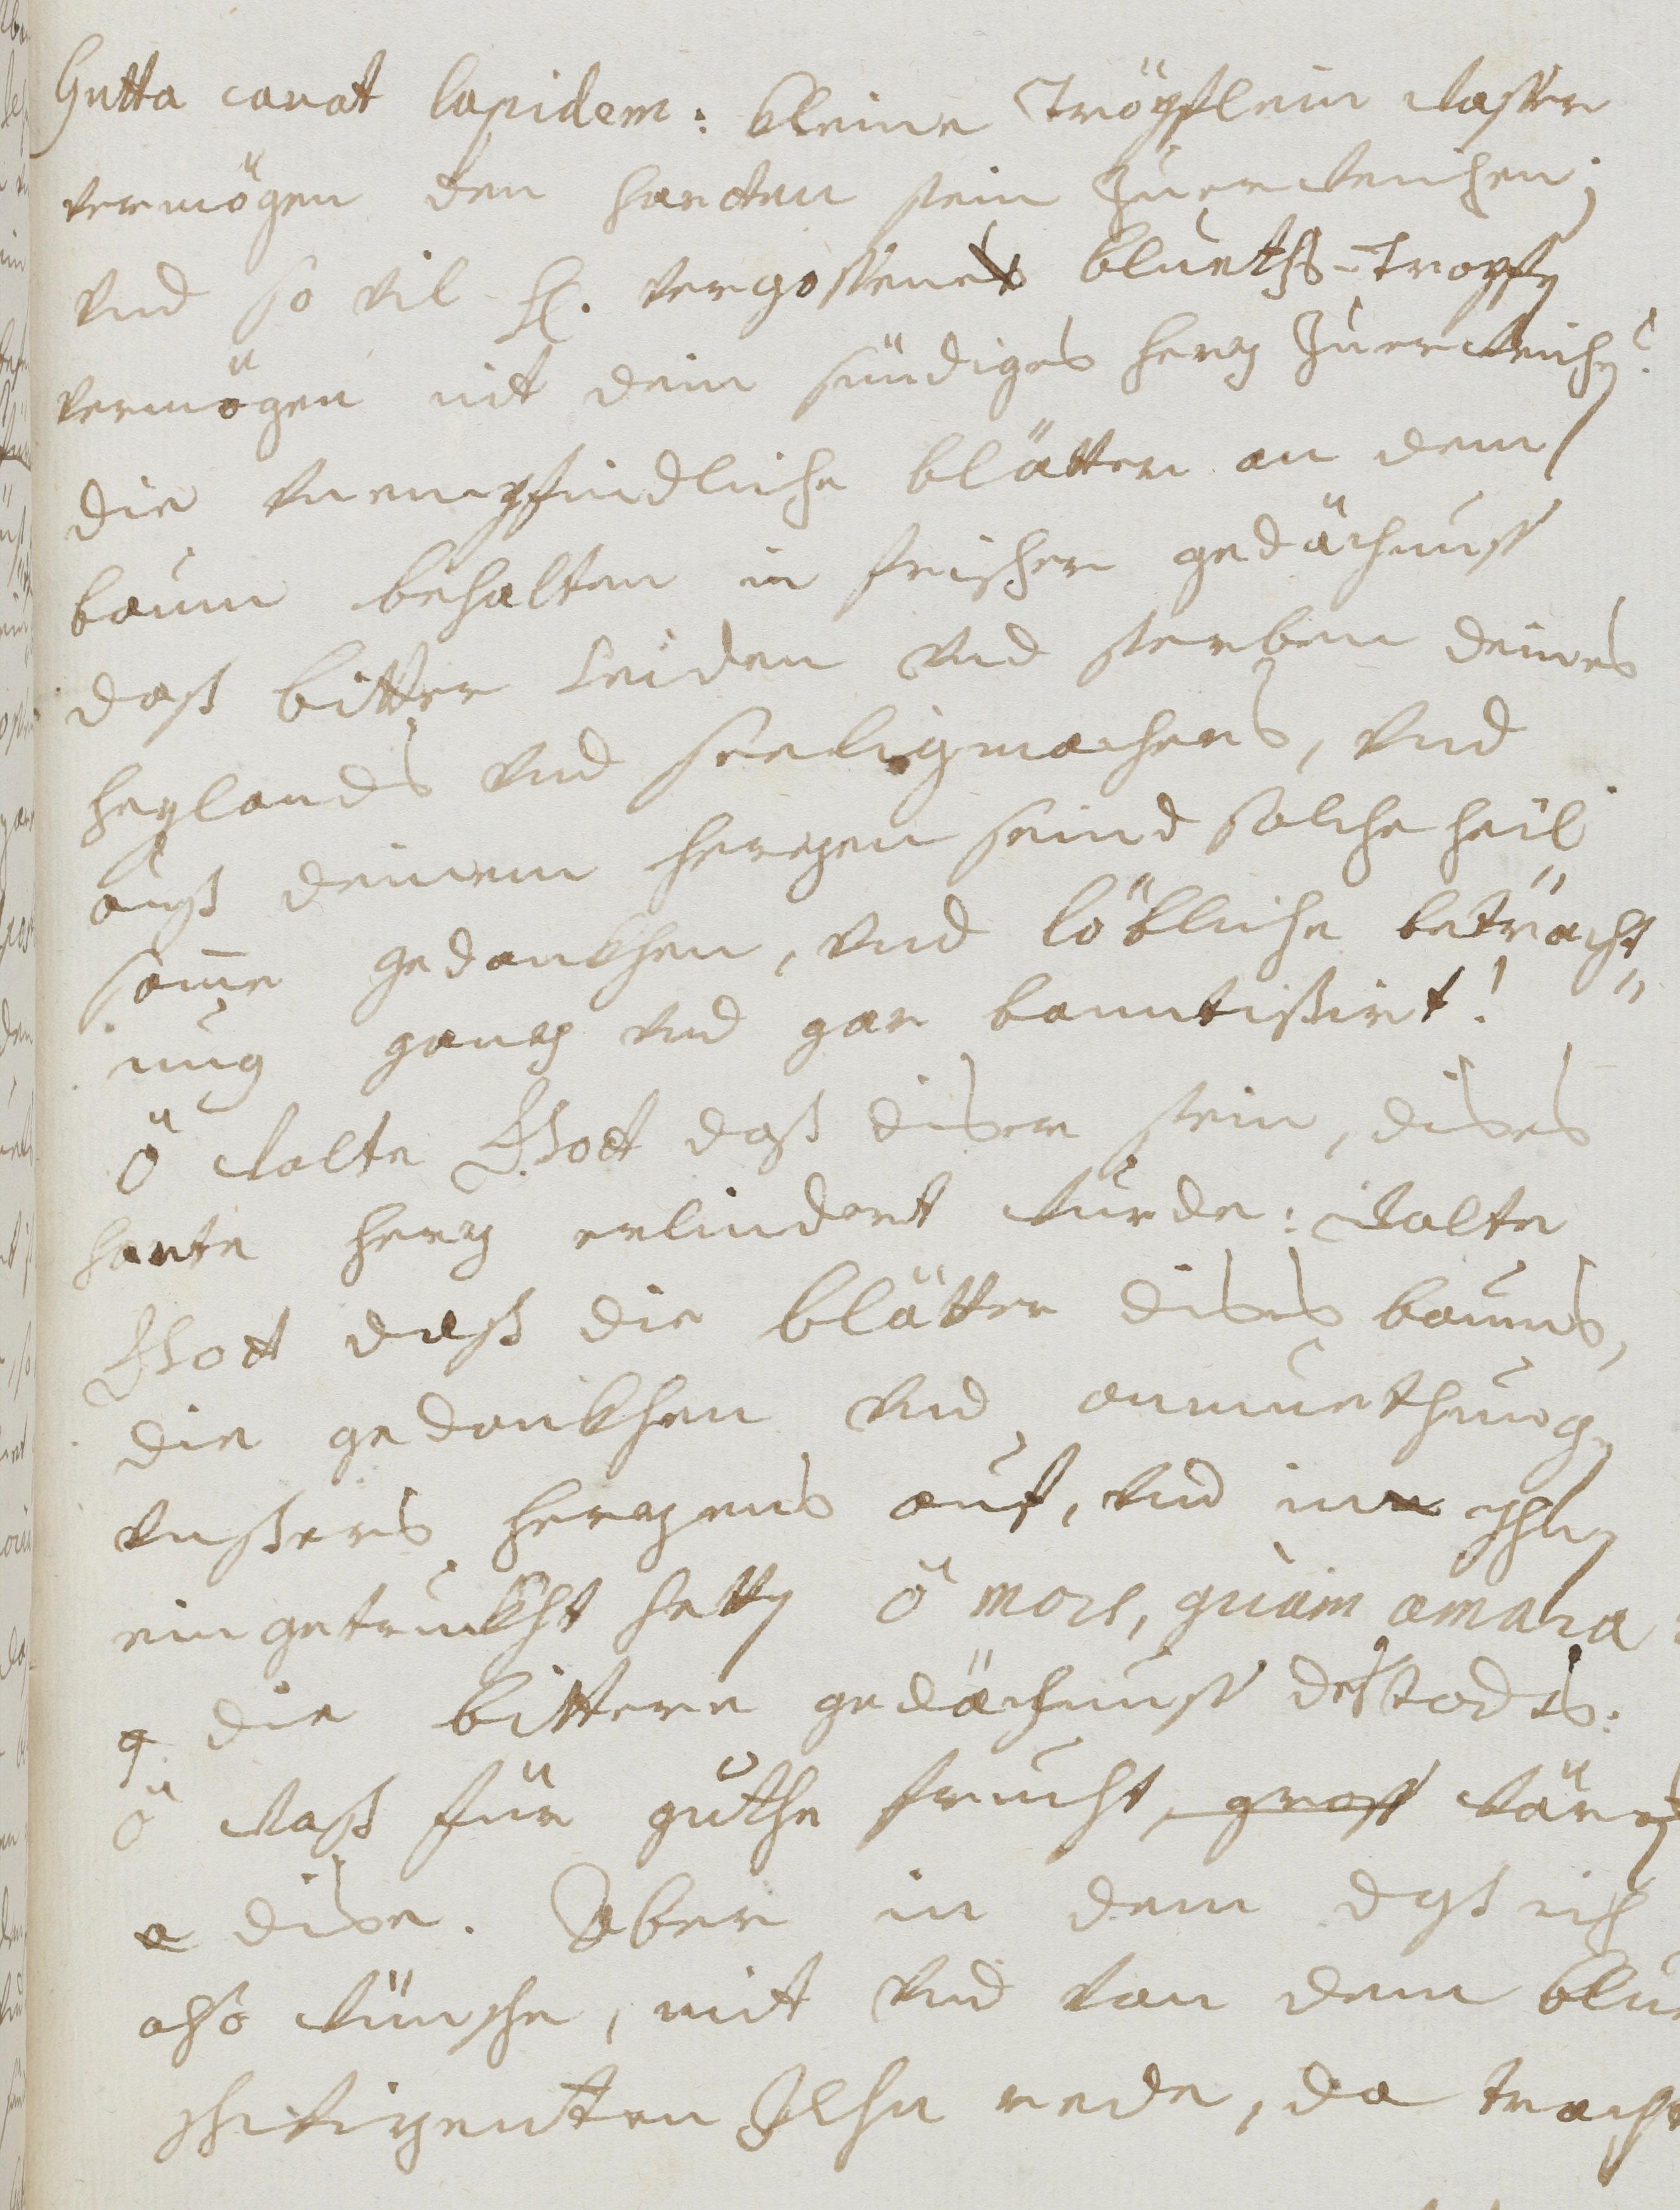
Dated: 1677–1691